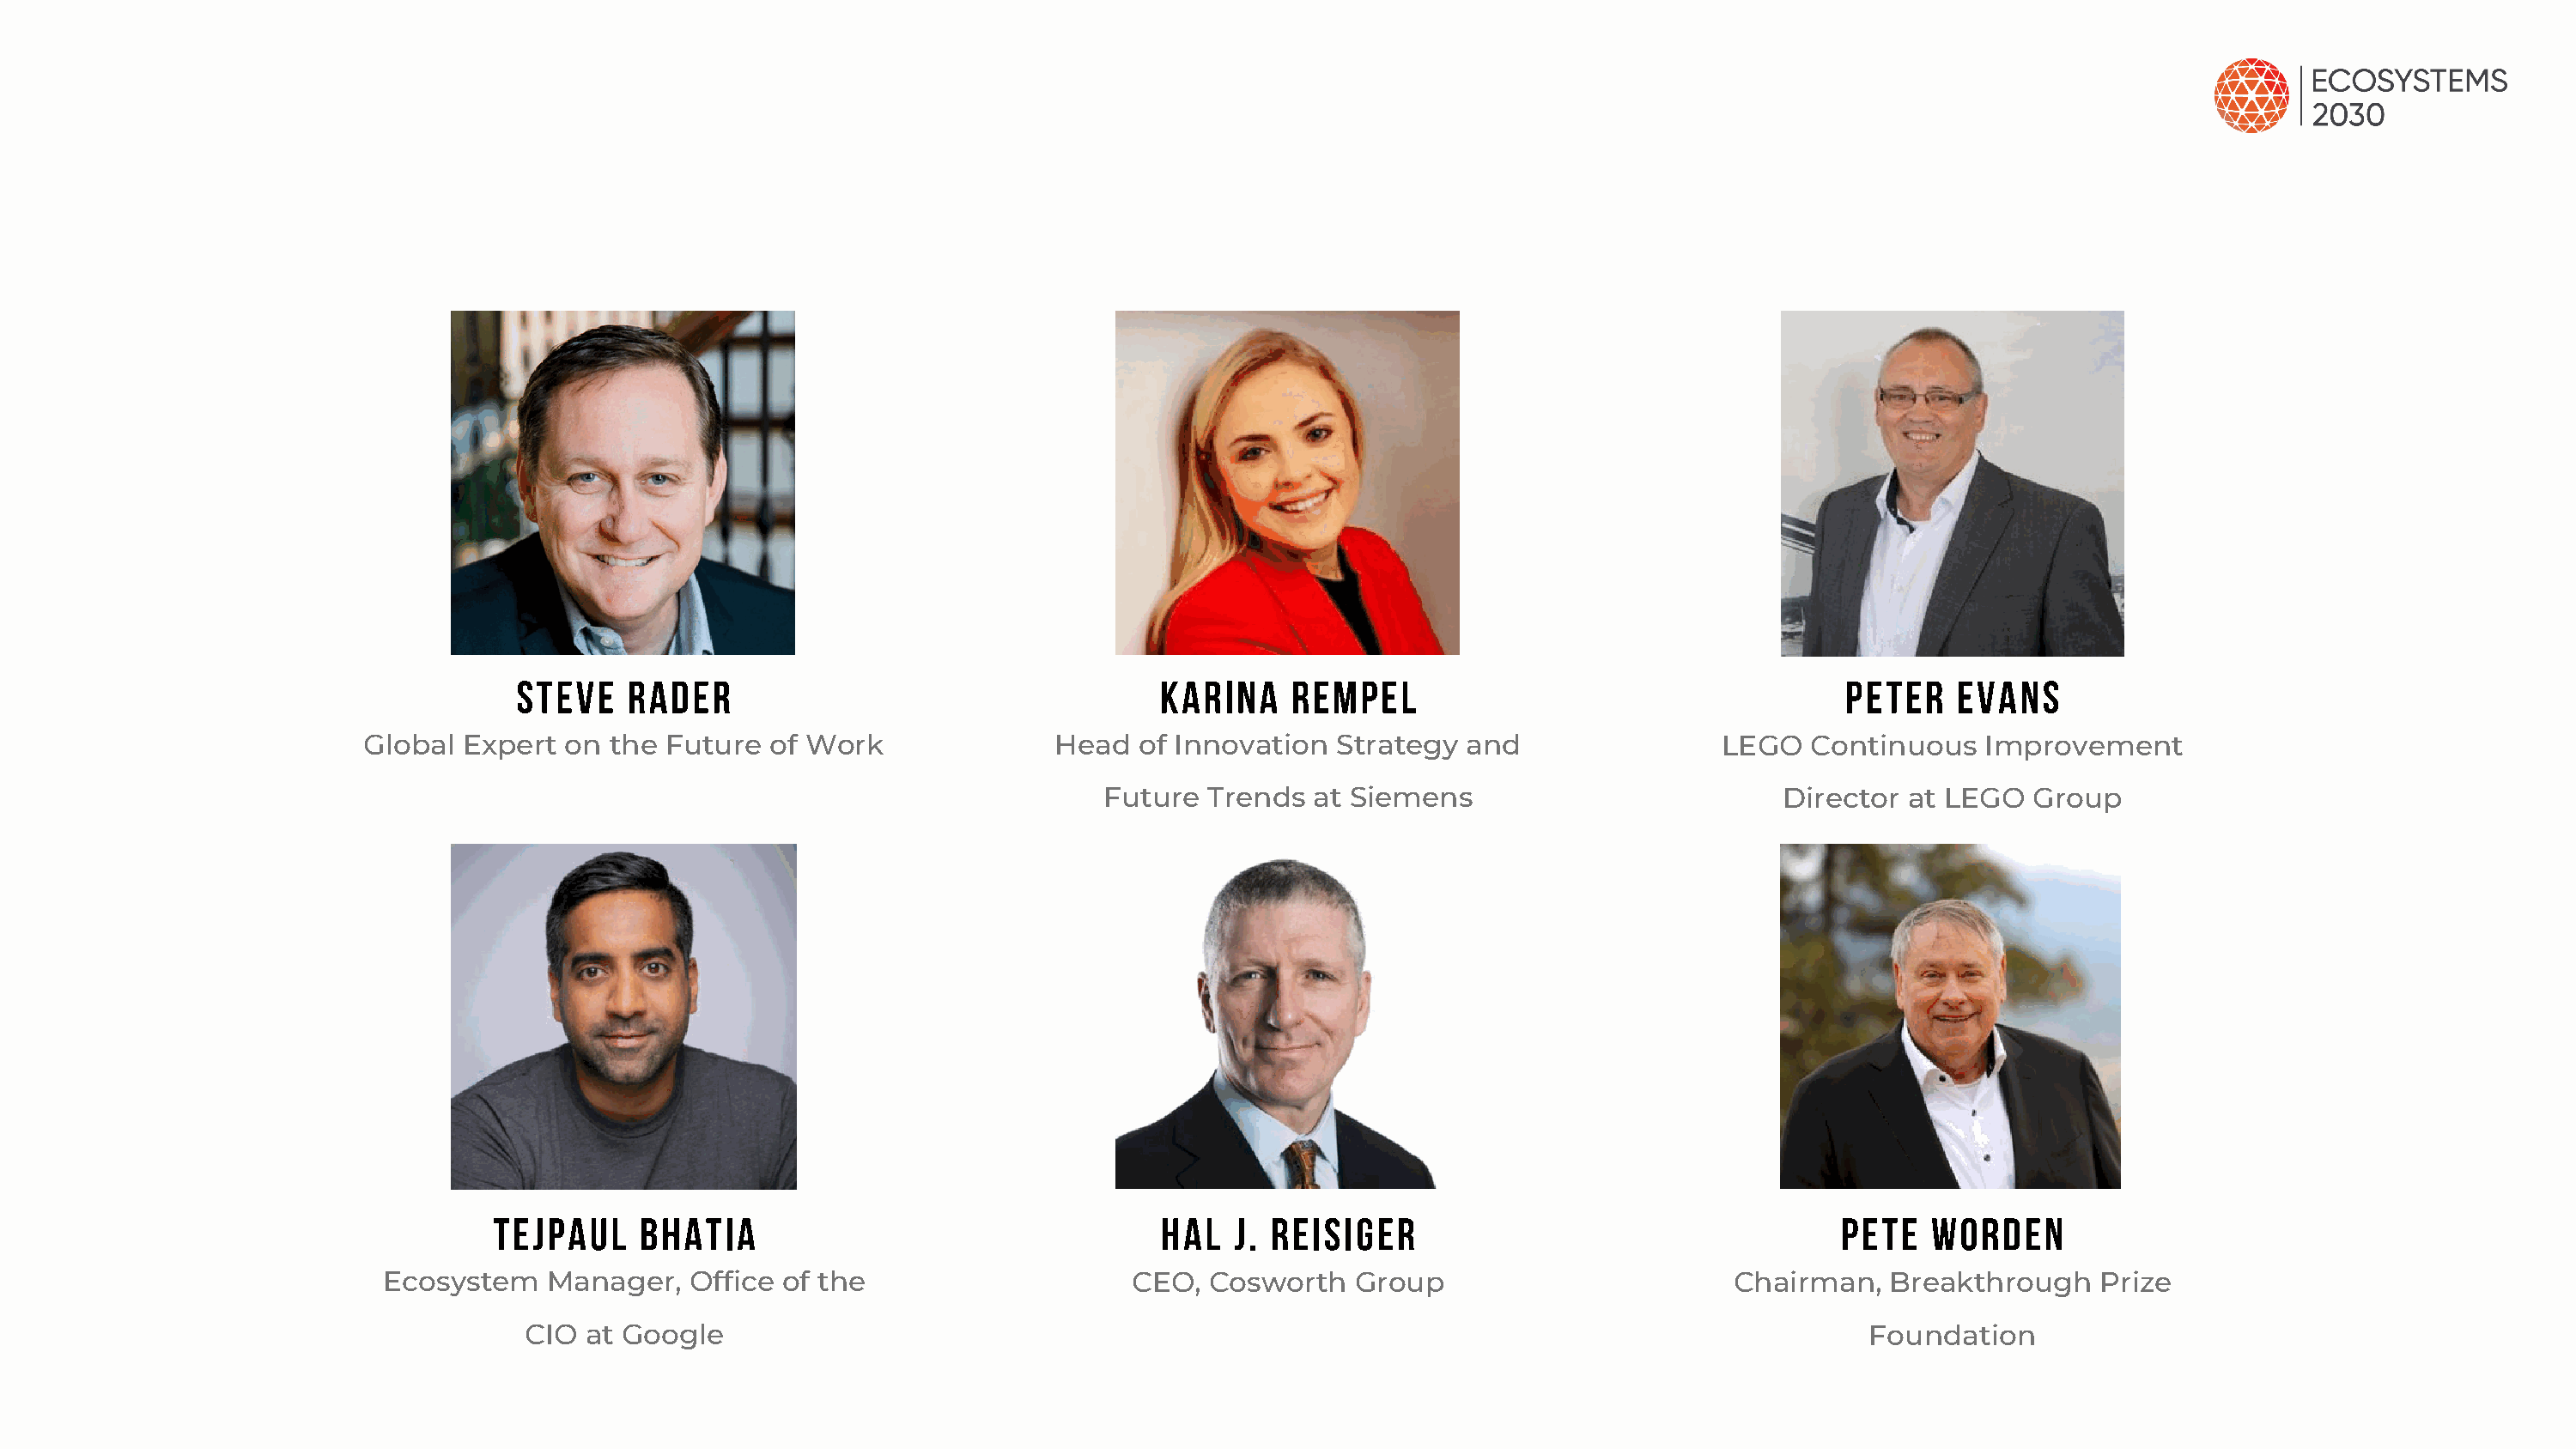
Steve   Rader                                    Karina     Rempel                                    Peter    Evans
 Global  Expert  on the Future  of Work               Head   of Innovation  Strategy  and                 LEGO   Continuous   Improvement
 Future  Trends  at Siemens                          Director  at LEGO   Group
 Tejpaul    Bhatia                                   Hal  J. Reisiger                                    Pete   Worden
 Ecosystem   Manager,   Office of the                     CEO,  Cosworth   Group                         Chairman,   Breakthrough    Prize
 CIO  at Google                                                                                          Foundation